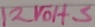
Text: 12VOHS